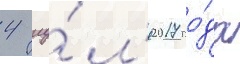
4 иу́л'я 2017 го́да